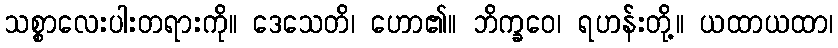
သစ္စာလေးပါးတရားကို။ ဒေသေတိ၊ ဟော၏။ ဘိက္ခဝေ၊ ရဟန်းတို့။ ယထာယထာ၊